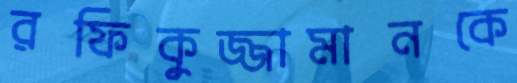
রফিকুজ্জামানকে